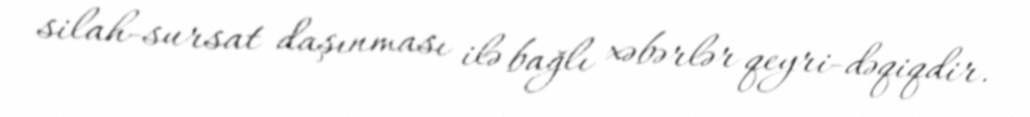
silah-sursat daşınması ilə bağlı xəbərlər qeyri-dəqiqdir.